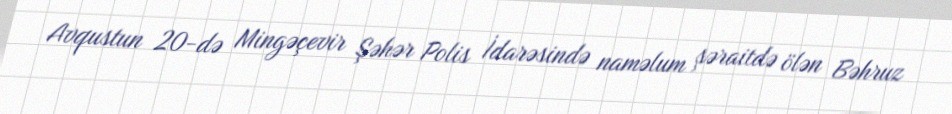
Avqustun 20-də Mingəçevir Şəhər Polis İdarəsində naməlum şəraitdə ölən Bəhruz